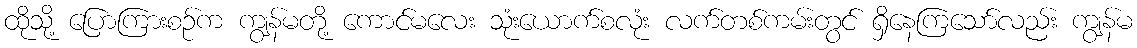
ထိုသို့ ပြောကြားစဉ်က ကျွန်မတို့ ကောင်မလေး သုံးယောက်စလုံး လက်တစ်ကမ်းတွင် ရှိနေကြသော်လည်း ကျွန်မ